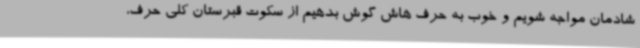
شادمان مواجه شویم و خوب به حرف هاش گوش بدهیم از سکوت قبرستان کلی حرف،